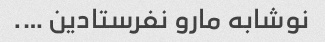
نوشابه مارو نفرستادین ….